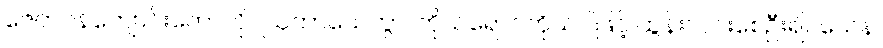
ဇေတဝန်ကျောင်းတော်ကို။ ဩဘာသေတွာ၊ ကိုယ်ရောင်ကိုယ်ဝါဖြင့် ထွန်းလင်းစေဦး၍။ ယေန၊